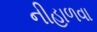
નીહાળવા